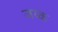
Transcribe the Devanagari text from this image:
जय्क